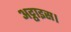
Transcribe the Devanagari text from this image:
अट्ठाइस।